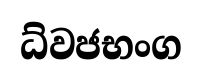
ධ්වජභංග